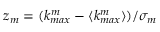
z _ { m } = ( k _ { m a x } ^ { m } - \langle k _ { m a x } ^ { m } \rangle ) / \sigma _ { m }